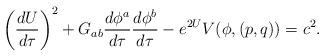
LaTeX: \begin{align*}\left({{dU}\over{d\tau}}\right)^2+G_{ab}{{d\phi^a}\over{d\tau}}{{d\phi^b}\over{d\tau}}-e^{2U}V(\phi,(p,q))=c^2. \end{align*}